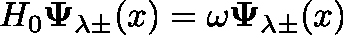
H _ { 0 } \mathbf { \Psi } _ { \lambda \pm } ( x ) = \omega \mathbf { \Psi } _ { \lambda \pm } ( x )